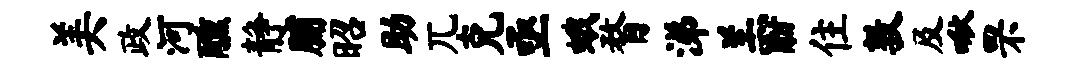
美政河醺静脯昭助兀克亟蛾瞀涕羔酣住敦及啾罘